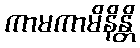
ကာမကာမိနိန္တိ